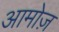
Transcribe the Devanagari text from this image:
आमोज़